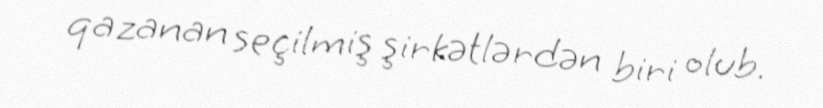
qazanan seçilmiş şirkətlərdən biri olub.